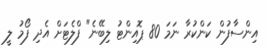
އިންސާފުން ކަންކުރާ ނަމަ 80 ޕޮއިންޓު ލިބޭނެ" ފްލެޓަށް އެދި ފޯމު ލީ